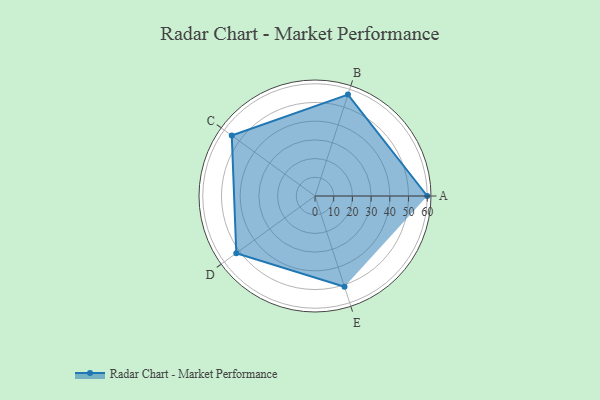
{"axis": {"x": "Skill", "y": "Score"}, "legend": ["Profile"], "data": [{"x": "A", "y": 60.0, "type": "Profile"}, {"x": "B", "y": 57.0, "type": "Profile"}, {"x": "C", "y": 55.0, "type": "Profile"}, {"x": "D", "y": 52.0, "type": "Profile"}, {"x": "E", "y": 51.0, "type": "Profile"}]}